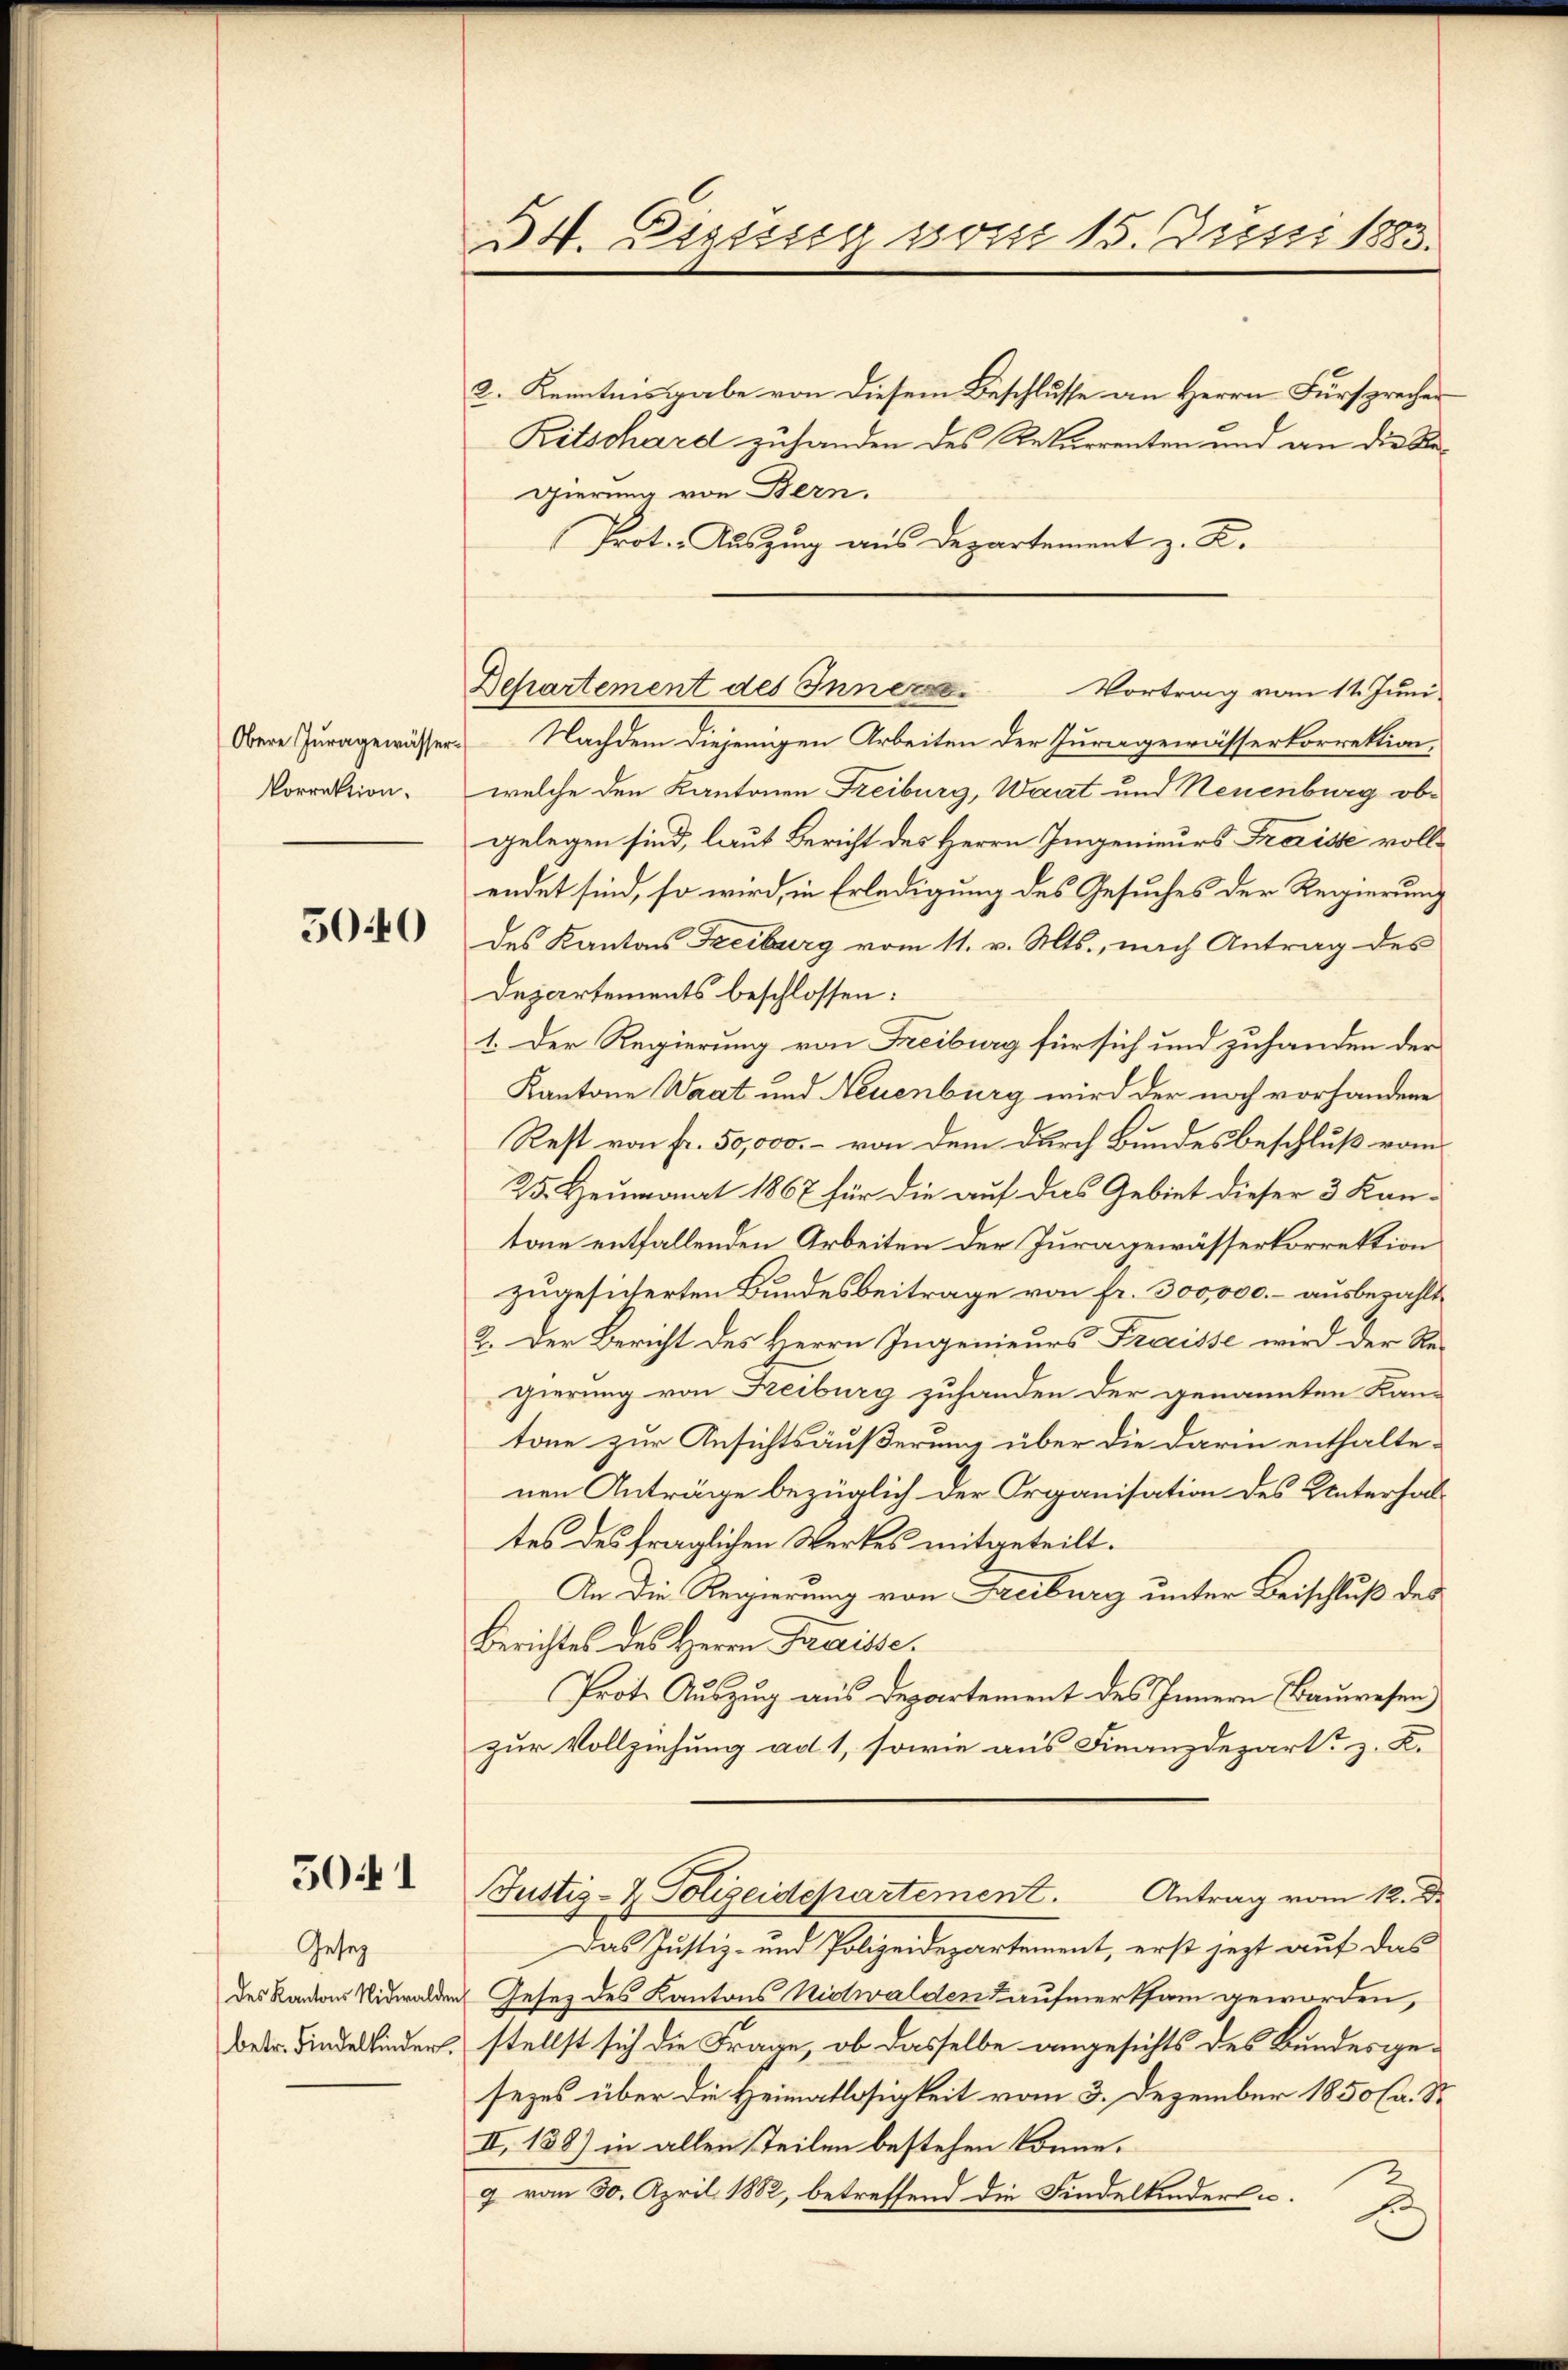
Obere Juragewässer.
Vorrektion.

5040

501

Gesez
des Kantons Nidwalden
betr. Findelkinder,

54. Einung vom 15. Juni 1883.
2. Kenntnisgabe von diesem Beschlusse an Herrn Fürsprecher
Ritschard zuhanden des Rekurrenten und an die Regierung von Bern.
Prot. Auszug aus Departement z. B.

Departement des Innern Vortrag vom 11. Juni

Nachdem diejenigen Arbeiten der Juragewässerkorrektion,
welche den Kantonen Freiburg, Waat und Neuenburg obgelegen sind, laut Bericht des Herrn Ingenieurs Freisse vollendet sind, so wird, in Erledigung des Gesuches der Regierung
des Kantons Freiburg vom 11. v. Mts., nach Antrag des
Departements beschlossen:
1. Der Regierung von Freiburg für sich und zuhanden der
Kantone Waat und Neuenburg wird der noch vorhandene
Rest von fr. 50,000.- von dem durch Bundesbeschluß vom
25. Heumonat 1867 für die auf das Gebiet dieser 3 Kan-
tone entfallenden Arbeiten der Juragewässerkorrektion
zugesicherten Bundesbeitrage von fr. 300,000.- ausbezahlt,
2. Der Bericht des Herrn Ingenieurs Freisse wird der Regierung von Freiburg zuhanden der genannten Kan-
tone zur Ansichtsäußerung über die darin enthalte-
nen Anträge bezüglich der Organisation des Unterhaltes des fraglichen Werkes mitgeteilt.
An die Regierung von Freiburg unter Beischluß des
Berichtes des Herrn Fraisse.
Prot. Auszug aus Departement des Innern (Bauwesen
zur Vollziehung ad 1, sowie aus Finanzdepart z. K.
Justiz- & Polizeidepartement. Antrag vom 12. d.
Das Justiz- und Polizeidepartement, erst jezt auf das
Gesez des Kantons Nidwalden Kaufmerksam geworden,
stellst sich die Frage, ob dasselbe angesichts des Bundesgesezes über die Heimatlosigkeit vom 3. Dezember 1850 (a. S.
II. 138) in allen Teilen bestehen könne.
9 vom 30. April 1882, betreffend die Findelkindert u.
.